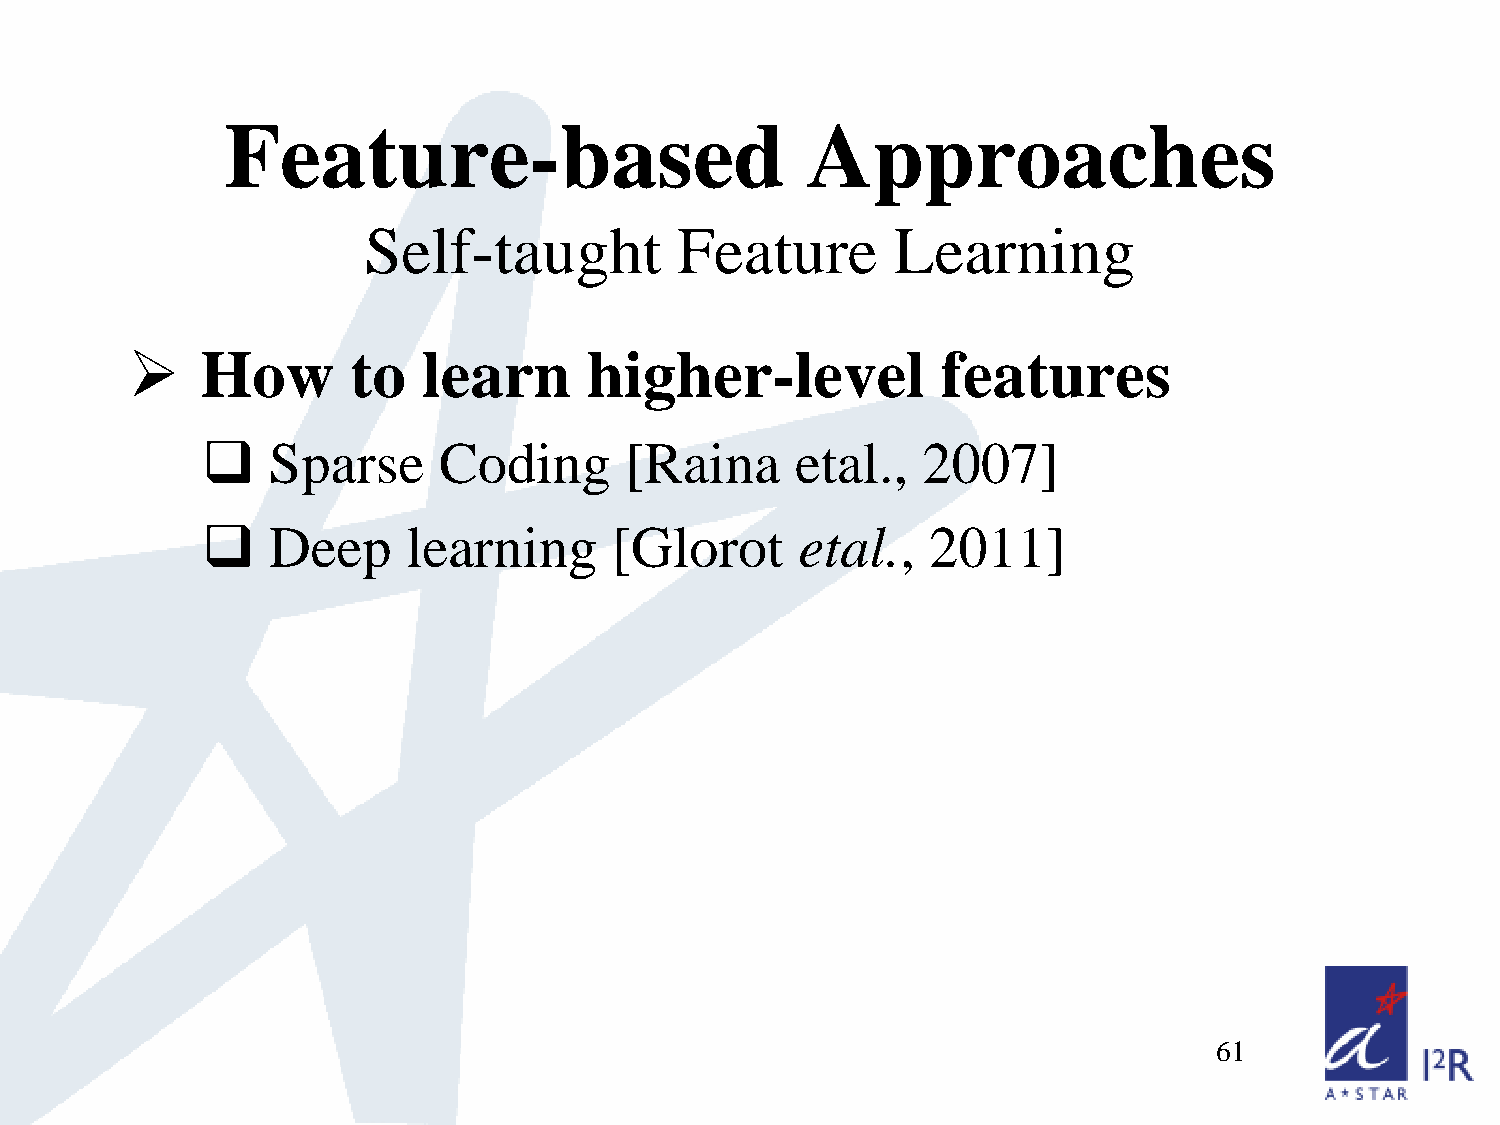
Feature-based                         Approaches
 Self-taught          Feature       Learning
 
 How       to   learn      higher-level           features
     Sparse     Coding      [Raina      etal.,  2007]
     Deep     learning      [Glorot     etal.,   2011]
 61